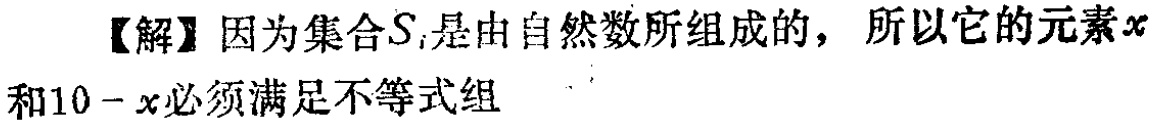
【解】因为集合\(S_{i}\)是由自然数所组成的，所以它的元素\(x\)和\(10 - x\)必须满足不等式组